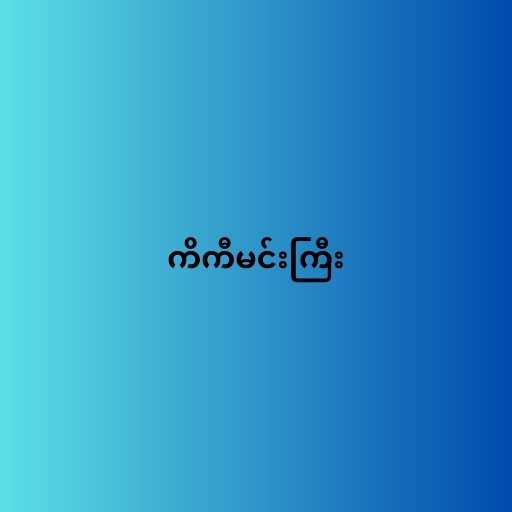
ကိကီမင်းကြီး